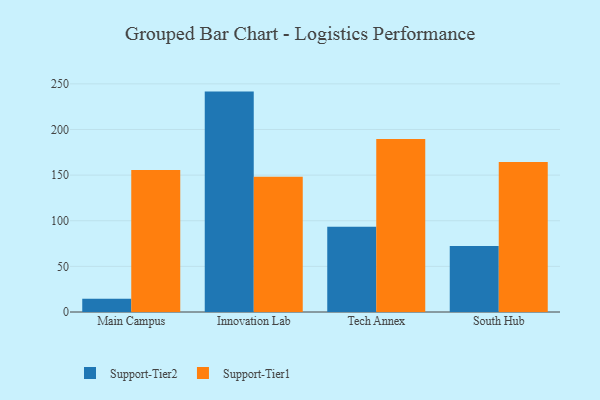
{"axis": {"x": "Campus", "y": "Backlog"}, "legend": ["Support-Tier1", "Support-Tier2"], "data": [{"x": "Main Campus", "y": 14.5, "type": "Support-Tier2"}, {"x": "Main Campus", "y": 155.5, "type": "Support-Tier1"}, {"x": "Innovation Lab", "y": 241.5, "type": "Support-Tier2"}, {"x": "Innovation Lab", "y": 148.1, "type": "Support-Tier1"}, {"x": "Tech Annex", "y": 93.3, "type": "Support-Tier2"}, {"x": "Tech Annex", "y": 189.6, "type": "Support-Tier1"}, {"x": "South Hub", "y": 72.2, "type": "Support-Tier2"}, {"x": "South Hub", "y": 164.3, "type": "Support-Tier1"}]}